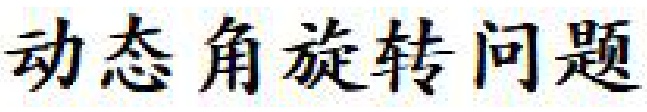
动态角旋转问题